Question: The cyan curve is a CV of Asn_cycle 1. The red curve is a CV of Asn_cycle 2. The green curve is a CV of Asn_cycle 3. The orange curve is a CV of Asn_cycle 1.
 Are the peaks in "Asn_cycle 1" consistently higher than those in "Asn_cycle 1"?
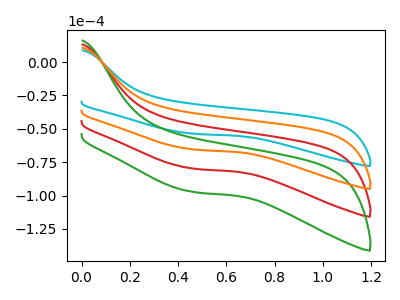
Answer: <think>The cyan curve "Asn_cycle 1" has no peaks. The red curve "Asn_cycle 2" has no peaks. The green curve "Asn_cycle 3" has no peaks. The orange curve "Asn_cycle 1" has no peaks.</think>
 <answer>Niether CV has any peaks.</answer>
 <eval>blanks</eval>